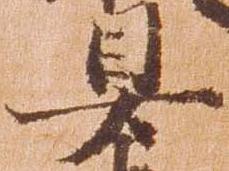
具